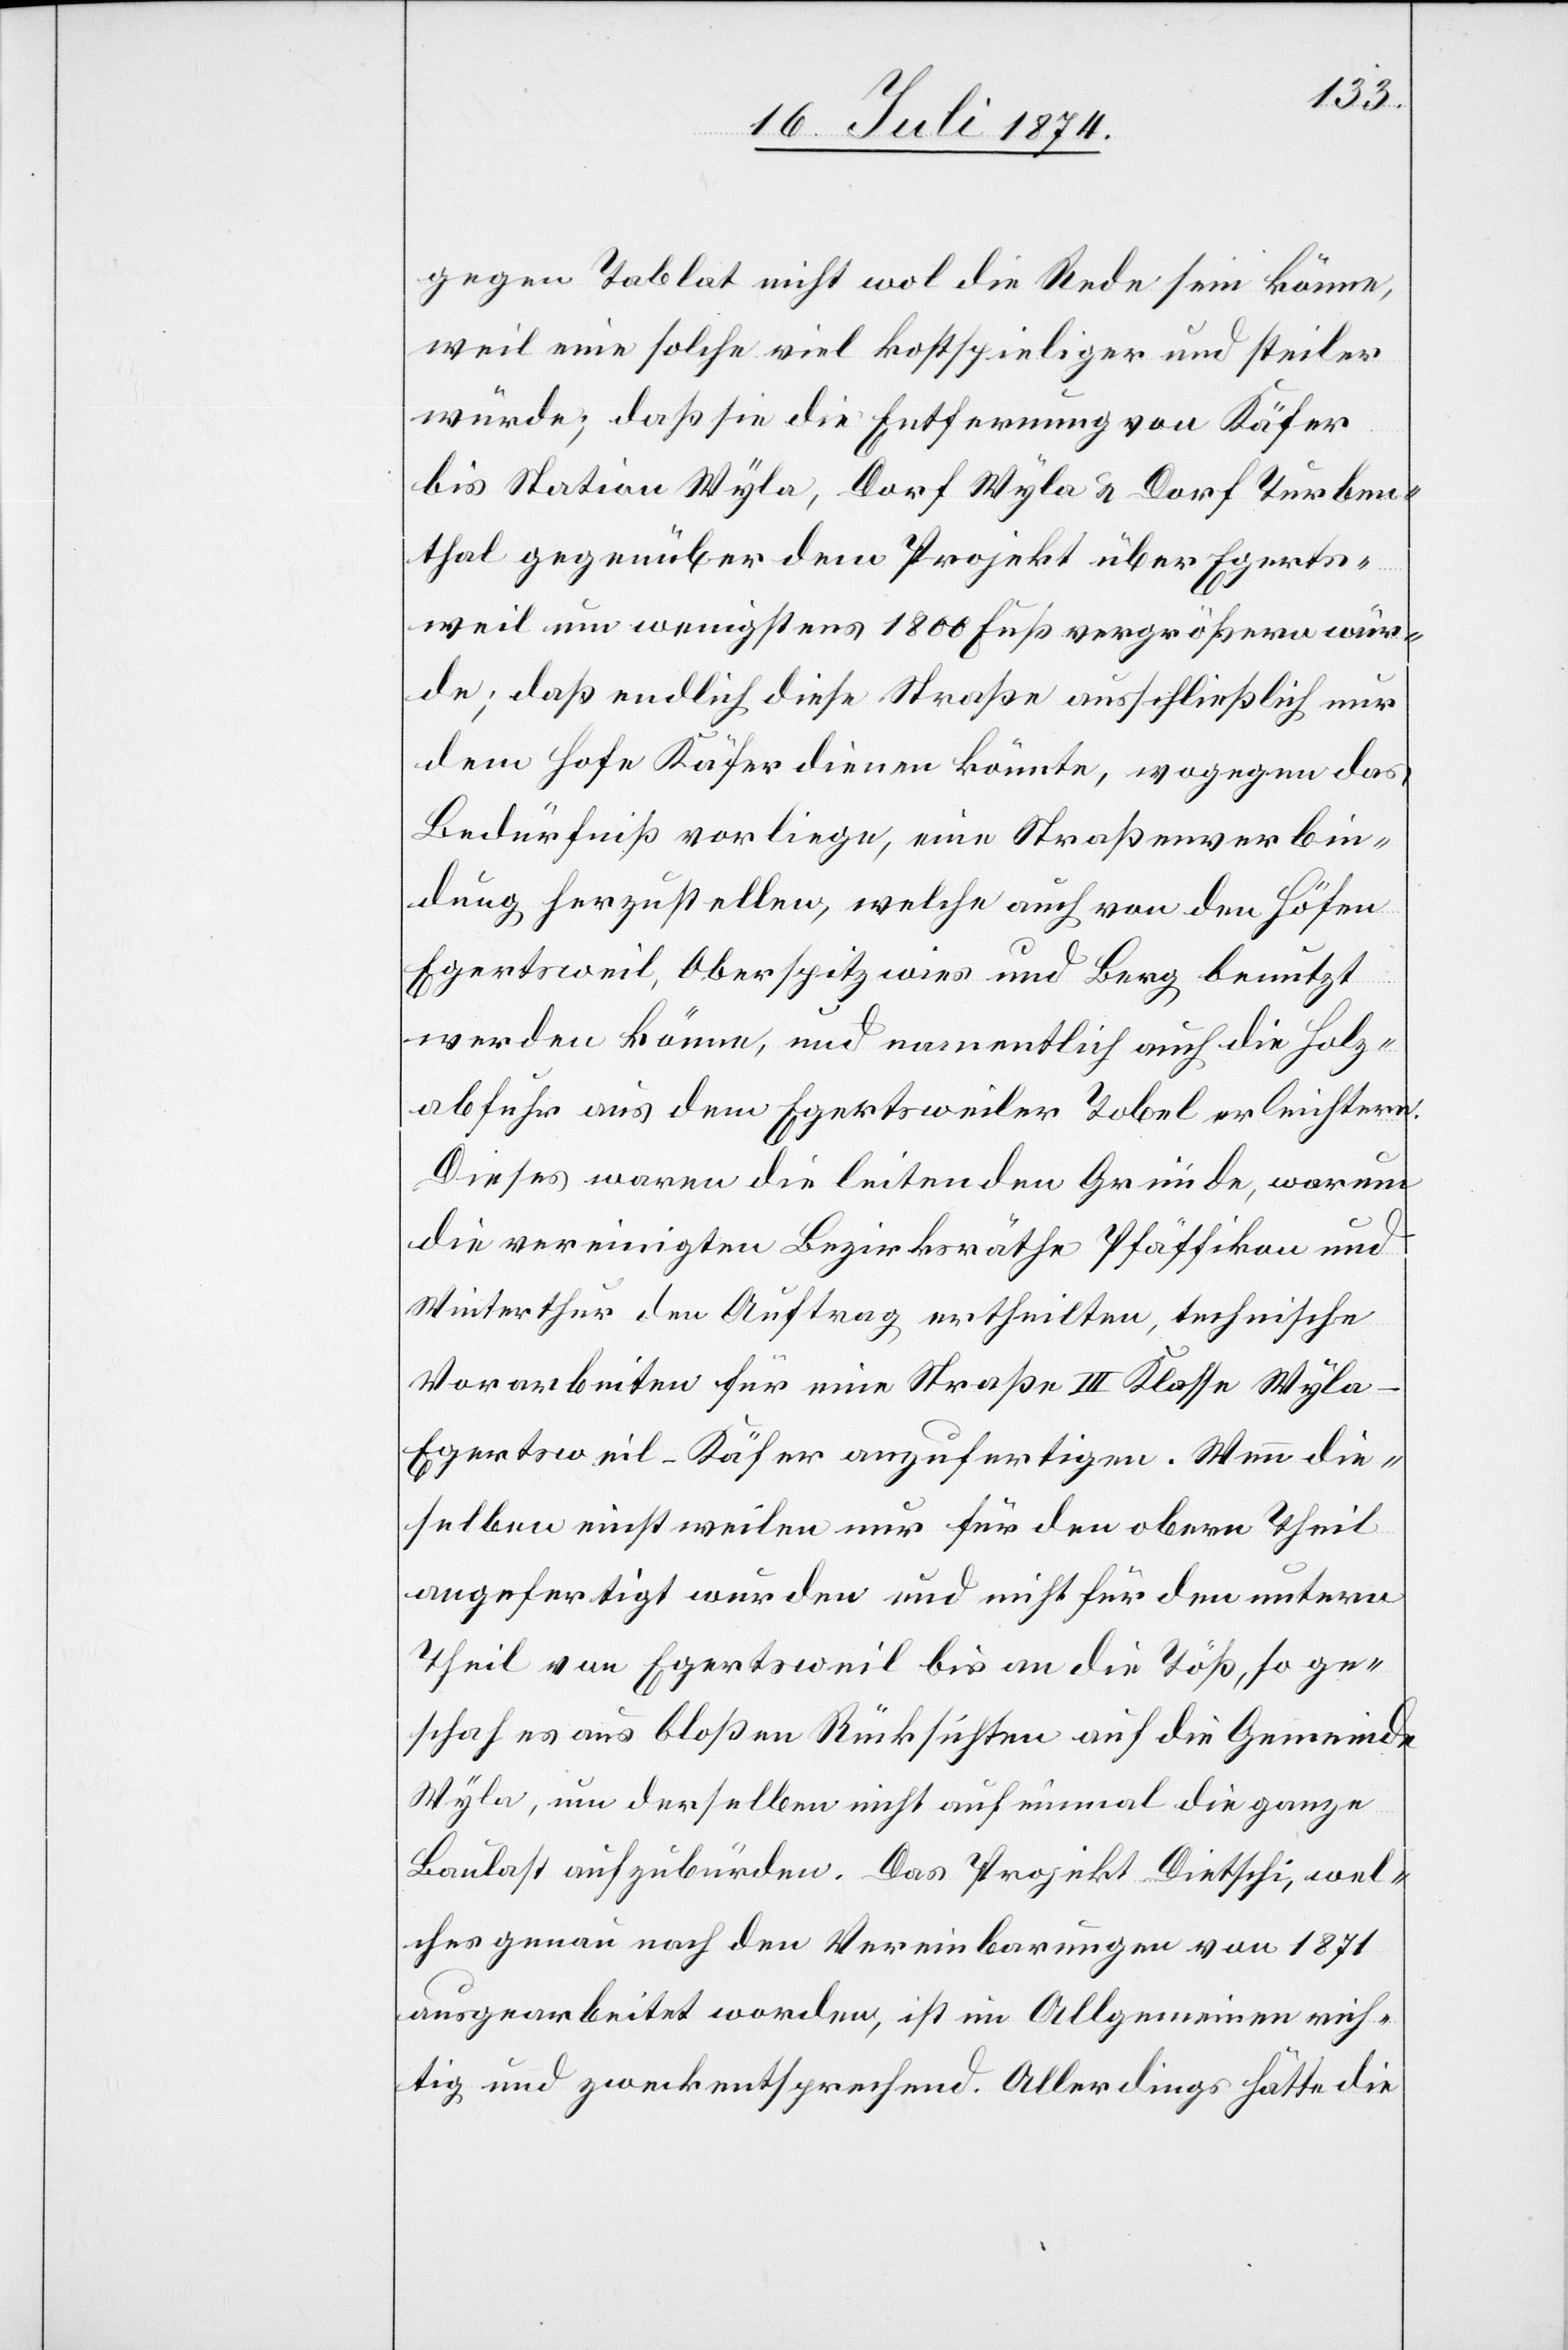
gegen Tablat nicht wol die Rede sein könne,
weil eine solche viel kostspieliger und steiler
würde; daß sie die Entfernung von Käfer
bis Station Wyla, Dorf Wyla u. Dorf Turben¬
thal gegenüber dem Projekt über Egerts¬
weil um wenigstens 1800 Fuß vergrößern wür¬
de; daß endlich diese Straße ausschließlich nur
dem Hofe Käfer dienen könnte, wogegen das
Bedürfniß vorliege, eine Straßenverbin¬
dung herzustellen, welche auch von den Höfen
Egertsweil, Oberspitzwies und Berg benutzt
werden könne, und namentlich auch die Holz¬
abfuhr aus dem Egertsweiler Tobel erleichtern.
Dieses waren die leitenden Gründe, warum
die vereinigten Bezirksräthe Pfäffikon und
Winterthur den Auftrag ertheilten, technische
Vorarbeiten für eine Straße III. Klasse Wyla–E¬
gertsweil–Käfer anzufertigen. Wenn die¬
selben einstweilen nur für den obern Theil
angefertigt wurden und nicht für den untern
Theil von Egertsweil bis an die Töß, so ge¬
schah es aus bloßen Rücksichten auf die Gemeinde
Wyla, um derselben nicht auf einmal die ganze
Baulast aufzubürden. Das Projekt Dietschi, wel¬
ches genau nach den Vereinbarungen von 1871
ausgearbeitet worden, ist im Allgemeinen rich¬
tig und zweckentsprechend. Allerdings hätte die